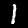
Label: 1